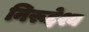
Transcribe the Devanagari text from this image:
निरूद्देश्य